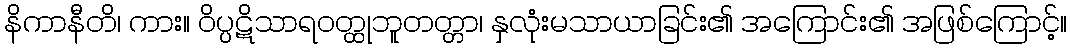
နိကာနီတိ၊ ကား။ ဝိပ္ပဋိသာရဝတ္ထုဘူတတ္တာ၊ နှလုံးမသာယာခြင်း၏ အကြောင်း၏ အဖြစ်ကြောင့်။